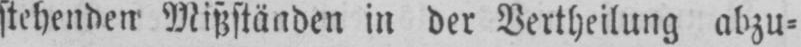
stehenden Mißständen in der Vertheilung abzu⸗